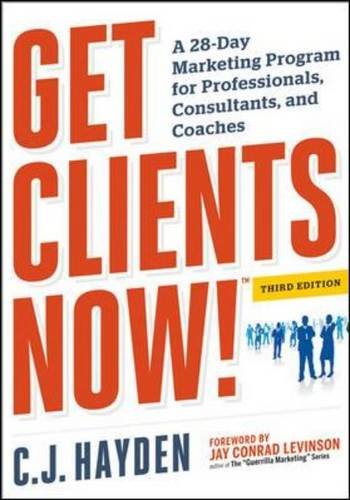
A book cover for Get Clients Now! (TM): A 28-Day Marketing Program for Professionals, Consultants, and Coaches; C. J. Hayden; Business & Money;